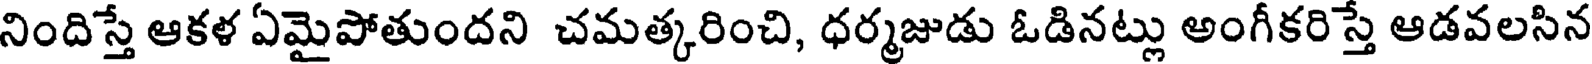
నిందిస్తే ఆకళ ఏమైపోతుందని చమత్కరించి, ధర్మజుడు ఓడినట్లు అంగీకరిస్తే ఆడవలసిన